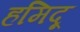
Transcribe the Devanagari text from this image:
हमिदू